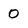
Character: 0